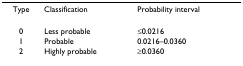
<table><thead><tr><td><b>Type</b></td><td><b>Classification</b></td><td><b>Probability interval</b></td></tr></thead><tbody><tr><td>0</td><td>Less probable</td><td>≤0.0216</td></tr><tr><td>1</td><td>Probable</td><td>0.0216–0.0360</td></tr><tr><td>2</td><td>Highly probable</td><td>≥0.0360</td></tr></tbody></table>